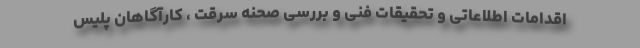
اقدامات اطلاعاتی و تحقیقات فنی و بررسی صحنه سرقت ، کارآگاهان پلیس